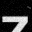
Digit: 7